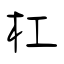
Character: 杠